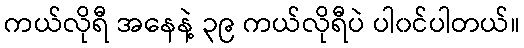
ကယ်လိုရီ အနေနဲ့ ၃၉ ကယ်လိုရီပဲ ပါ၀င်ပါတယ်။